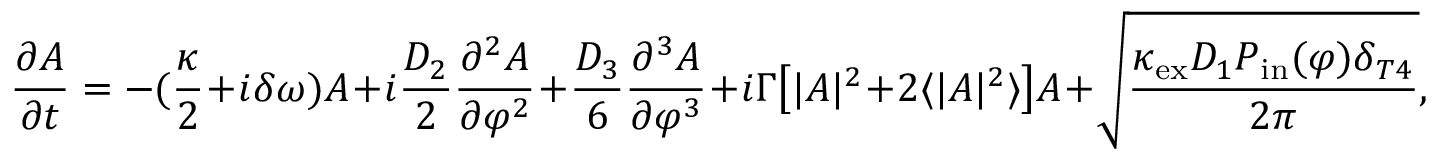
\frac { \partial A } { \partial t } = - ( \frac { \kappa } { 2 } + i \delta \omega ) A + i \frac { D _ { 2 } } { 2 } \frac { \partial ^ { 2 } A } { \partial \varphi ^ { 2 } } + \frac { D _ { 3 } } { 6 } \frac { \partial ^ { 3 } A } { \partial \varphi ^ { 3 } } + i \Gamma \big [ | A | ^ { 2 } + 2 \langle | A | ^ { 2 } \rangle \big ] A + \sqrt { \frac { \kappa _ { \mathrm { e x } } D _ { 1 } P _ { \mathrm { i n } } ( \varphi ) \delta _ { T 4 } } { 2 \pi } } ,